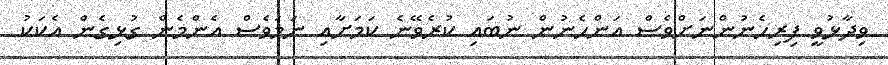
ވިދާޅުވީ ފިރިހެނުންނަށްވެސް އަންހެނުން ނުބައި ކުރެވޭނެ ކަމަށާއި ނަމަވެސް އެންމެން ގުޅިގެން އެކަކު